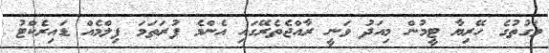
ވަގުތުގެ ހޭރިޔާ ޓީމުން މިއަދު ވަނީ ރާއްޖެތެރޭގައި އެންމެ ފުރަތަމަ ފިލްމެއް ޑައިރެކްޓު